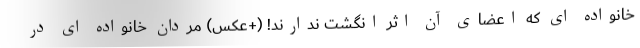
خانواده ای که اعضای آن اثر انگشت ندارند! (+عکس) مردان خانواده ای در